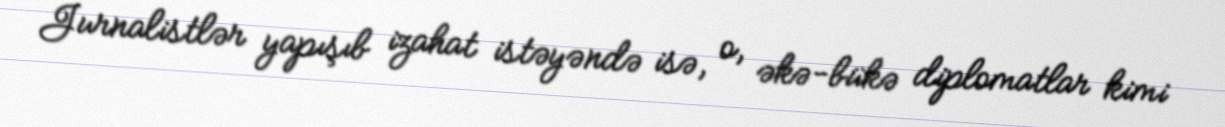
Jurnalistlər yapışıb izahat istəyəndə isə, o, əkə-bükə diplomatlar kimi